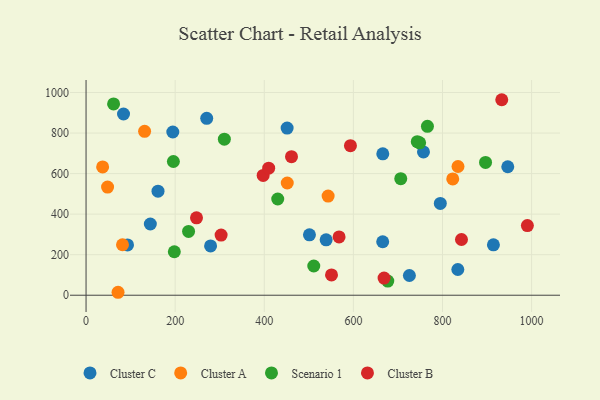
{"axis": {"x": "Engine Size", "y": "Demand"}, "legend": ["Cluster A", "Cluster B", "Cluster C", "Scenario 1"], "data": [{"x": "665.8", "y": 263.8, "type": "Cluster C"}, {"x": "144.3", "y": 351.4, "type": "Cluster C"}, {"x": "501.4", "y": 298.2, "type": "Cluster C"}, {"x": "725.7", "y": 97.3, "type": "Cluster C"}, {"x": "666.0", "y": 697.6, "type": "Cluster C"}, {"x": "279.5", "y": 243.0, "type": "Cluster C"}, {"x": "270.8", "y": 872.7, "type": "Cluster C"}, {"x": "93.1", "y": 248.3, "type": "Cluster C"}, {"x": "538.8", "y": 273.2, "type": "Cluster C"}, {"x": "946.5", "y": 633.7, "type": "Cluster C"}, {"x": "914.3", "y": 248.8, "type": "Cluster C"}, {"x": "757.3", "y": 707.1, "type": "Cluster C"}, {"x": "161.5", "y": 513.1, "type": "Cluster C"}, {"x": "795.1", "y": 453.0, "type": "Cluster C"}, {"x": "834.4", "y": 126.9, "type": "Cluster C"}, {"x": "84.1", "y": 894.0, "type": "Cluster C"}, {"x": "451.3", "y": 824.7, "type": "Cluster C"}, {"x": "194.7", "y": 805.1, "type": "Cluster C"}, {"x": "834.8", "y": 635.1, "type": "Cluster A"}, {"x": "48.3", "y": 533.6, "type": "Cluster A"}, {"x": "81.8", "y": 249.1, "type": "Cluster A"}, {"x": "823.0", "y": 573.9, "type": "Cluster A"}, {"x": "37.2", "y": 632.8, "type": "Cluster A"}, {"x": "543.3", "y": 489.0, "type": "Cluster A"}, {"x": "131.4", "y": 808.7, "type": "Cluster A"}, {"x": "71.8", "y": 14.6, "type": "Cluster A"}, {"x": "451.6", "y": 553.7, "type": "Cluster A"}, {"x": "196.0", "y": 659.8, "type": "Scenario 1"}, {"x": "706.3", "y": 575.2, "type": "Scenario 1"}, {"x": "896.6", "y": 654.9, "type": "Scenario 1"}, {"x": "511.1", "y": 144.1, "type": "Scenario 1"}, {"x": "230.1", "y": 314.9, "type": "Scenario 1"}, {"x": "677.2", "y": 69.9, "type": "Scenario 1"}, {"x": "198.1", "y": 214.6, "type": "Scenario 1"}, {"x": "748.7", "y": 752.0, "type": "Scenario 1"}, {"x": "61.8", "y": 943.7, "type": "Scenario 1"}, {"x": "743.4", "y": 757.5, "type": "Scenario 1"}, {"x": "310.4", "y": 769.8, "type": "Scenario 1"}, {"x": "766.2", "y": 833.4, "type": "Scenario 1"}, {"x": "430.2", "y": 474.8, "type": "Scenario 1"}, {"x": "397.5", "y": 590.8, "type": "Cluster B"}, {"x": "567.9", "y": 287.8, "type": "Cluster B"}, {"x": "990.5", "y": 343.5, "type": "Cluster B"}, {"x": "842.6", "y": 274.9, "type": "Cluster B"}, {"x": "461.1", "y": 683.3, "type": "Cluster B"}, {"x": "303.1", "y": 296.9, "type": "Cluster B"}, {"x": "933.0", "y": 964.4, "type": "Cluster B"}, {"x": "668.9", "y": 84.7, "type": "Cluster B"}, {"x": "593.4", "y": 737.8, "type": "Cluster B"}, {"x": "550.9", "y": 100.3, "type": "Cluster B"}, {"x": "409.9", "y": 626.7, "type": "Cluster B"}, {"x": "247.9", "y": 381.7, "type": "Cluster B"}]}